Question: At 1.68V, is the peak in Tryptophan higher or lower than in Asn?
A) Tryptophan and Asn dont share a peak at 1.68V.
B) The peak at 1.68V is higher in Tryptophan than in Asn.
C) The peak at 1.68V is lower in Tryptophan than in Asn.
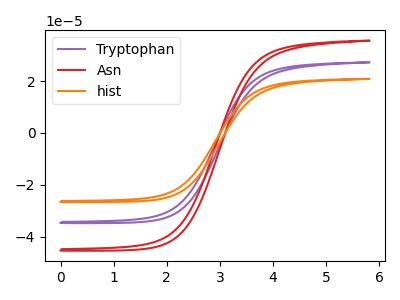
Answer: <think>The purple curve "Tryptophan" has no peaks. The red curve "Asn" has no peaks. The orange curve "hist" has no peaks.</think>
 <answer>A) "Tryptophan" and "Asn" dont share a peak at 1.68V.</answer>
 <eval>A</eval>